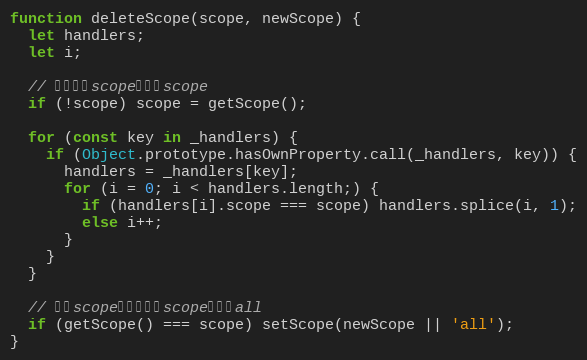
Language: JavaScript
function deleteScope(scope, newScope) {
  let handlers;
  let i;

  // 没有指定scope，获取scope
  if (!scope) scope = getScope();

  for (const key in _handlers) {
    if (Object.prototype.hasOwnProperty.call(_handlers, key)) {
      handlers = _handlers[key];
      for (i = 0; i < handlers.length;) {
        if (handlers[i].scope === scope) handlers.splice(i, 1);
        else i++;
      }
    }
  }

  // 如果scope被删除，将scope重置为all
  if (getScope() === scope) setScope(newScope || 'all');
}